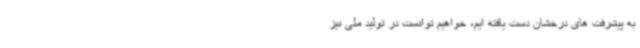
به پیشرفت های درخشان دست یافته ایم، خواهیم توانست در تولید ملی نیز